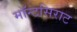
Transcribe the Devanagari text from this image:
मॉन्टसिराट